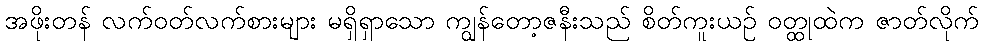
အဖိုးတန် လက်ဝတ်လက်စားများ မရှိရှာသော ကျွန်တော့ဇနီးသည် စိတ်ကူးယဉ် ဝတ္ထုထဲက ဇာတ်လိုက်